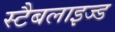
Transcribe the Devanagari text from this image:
स्टैबलाइज्ड